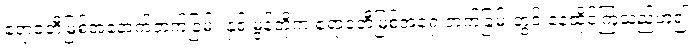
ဧရာဝတီမြစ်အနောက်ဘက်ခြမ်း နှင့် မွန်တို့က ဧရာဝတီမြစ်အရှေ့ဘက်ခြမ်းတွင် နေထိုင်ကြသည်ဟူ၍